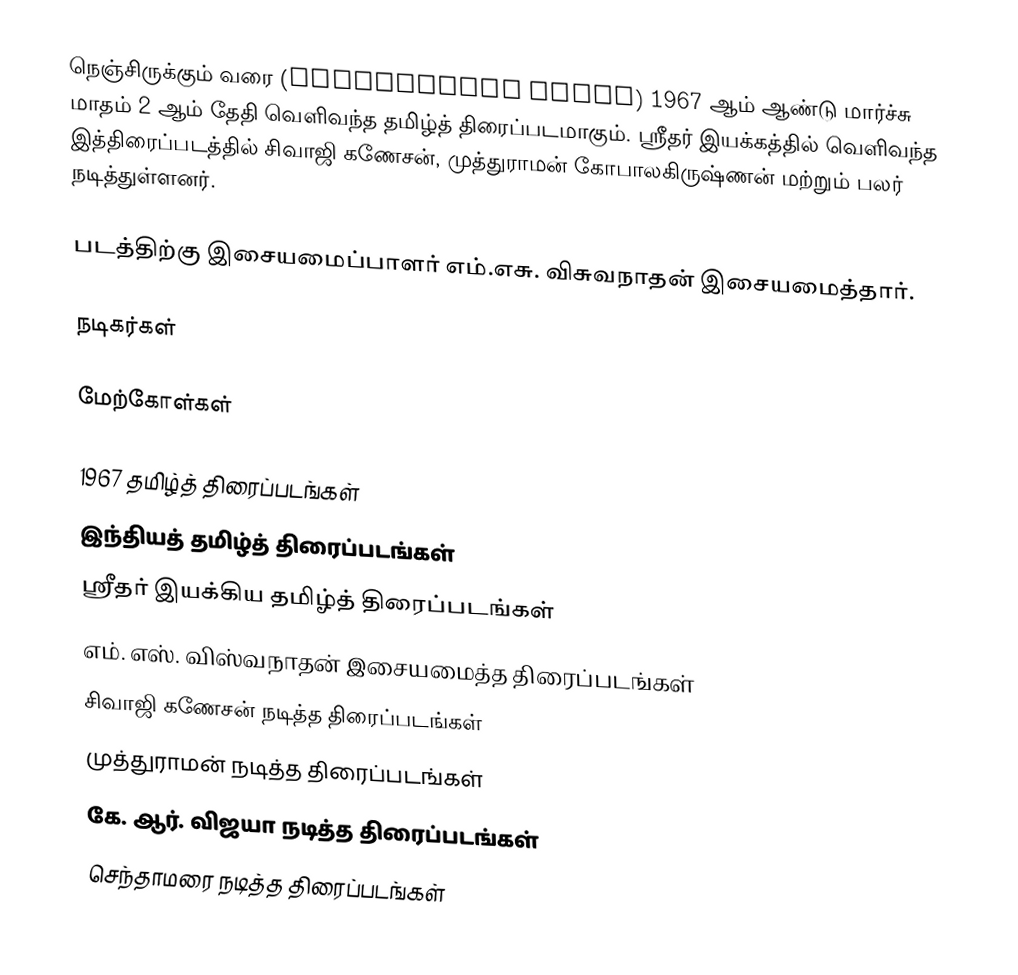
நெஞ்சிருக்கும் வரை (Nenjirukkum Varai) 1967 ஆம் ஆண்டு மார்ச்சு மாதம் 2 ஆம் தேதி வெளிவந்த தமிழ்த் திரைப்படமாகும். ஸ்ரீதர் இயக்கத்தில் வெளிவந்த இத்திரைப்படத்தில் சிவாஜி கணேசன், முத்துராமன் கோபாலகிருஷ்ணன் மற்றும் பலர் நடித்துள்ளனர்.

படத்திற்கு இசையமைப்பாளர் எம்.எசு. விசுவநாதன் இசையமைத்தார்.

நடிகர்கள்

மேற்கோள்கள்

1967 தமிழ்த் திரைப்படங்கள்
இந்தியத் தமிழ்த் திரைப்படங்கள்
ஸ்ரீதர் இயக்கிய தமிழ்த் திரைப்படங்கள்
எம். எஸ். விஸ்வநாதன் இசையமைத்த திரைப்படங்கள்
சிவாஜி கணேசன் நடித்த திரைப்படங்கள்
முத்துராமன் நடித்த திரைப்படங்கள்
கே. ஆர். விஜயா நடித்த திரைப்படங்கள்
செந்தாமரை நடித்த திரைப்படங்கள்